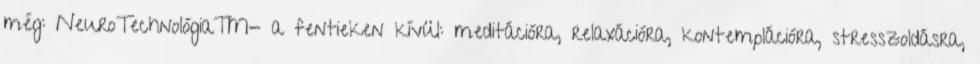
még: NeuroTechnológia™- a fentieken kívül: meditációra, relaxációra, kontemplációra, stresszoldásra,